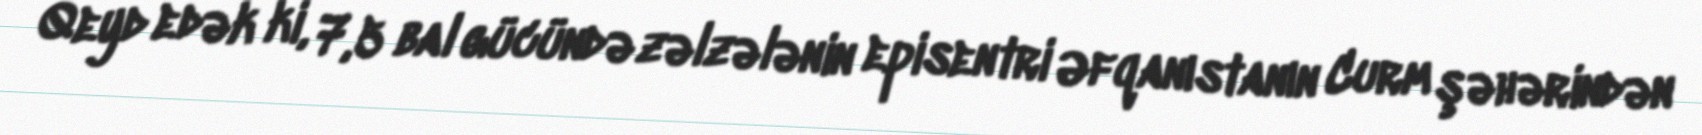
Qeyd edək ki, 7,5 bal gücündə zəlzələnin episentri Əfqanıstanın Curm şəhərindən